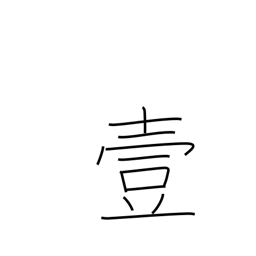
Meaning: number one